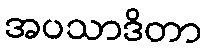
အပသာဒိတာ